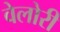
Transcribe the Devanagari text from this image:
वेलोरी